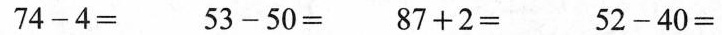
$$7 4 - 4 =$$ $$5 3 - 5 0 =%% $$8 7 + 2 =$$ $$5 2 -4 0 =$$